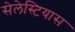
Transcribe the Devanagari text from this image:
सेलेस्टियास